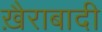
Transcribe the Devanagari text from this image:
ख़ैराबादी